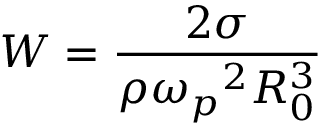
{ \cal W } = \frac { 2 \sigma } { \rho { \omega _ { p } } ^ { 2 } R _ { 0 } ^ { 3 } }